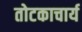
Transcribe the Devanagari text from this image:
तोटकाचार्य